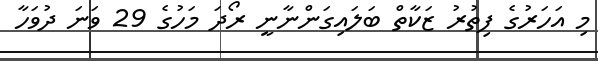
މި އަހަރުގެ ފިތުރު ޒަކާތް ބަލައިގަންނާނީ ރޯދަ މަހުގެ 29 ވަނަ ދުވަހާ